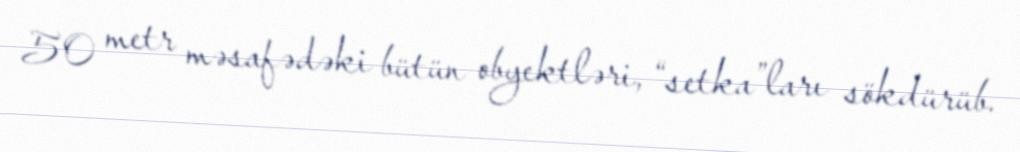
50 metr məsafədəki bütün obyektləri, “setka”ları sökdürüb.